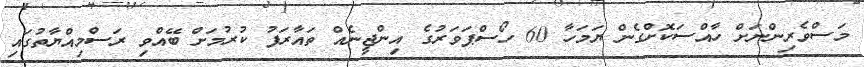
މަސްވެރިންނަށް ހާއްސަކޮށްގެން ޔަމަހާ 60 ހޯސްޕަވަރުގެ އިންޖީނެއް ތައާރަފު ކުރުމަށް ބޭއްވި ރަސްމިއްޔާތުގައި